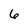
Character: 6